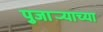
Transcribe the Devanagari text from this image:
पुजार्‍याच्या